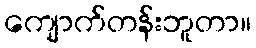
ကျောက်တန်းဘူတာ။